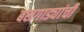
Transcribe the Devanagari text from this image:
बसगाड्यांची